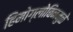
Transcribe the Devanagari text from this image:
हिमोग्लोबिनमुळे